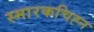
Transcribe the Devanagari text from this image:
स्मारकचिह्न